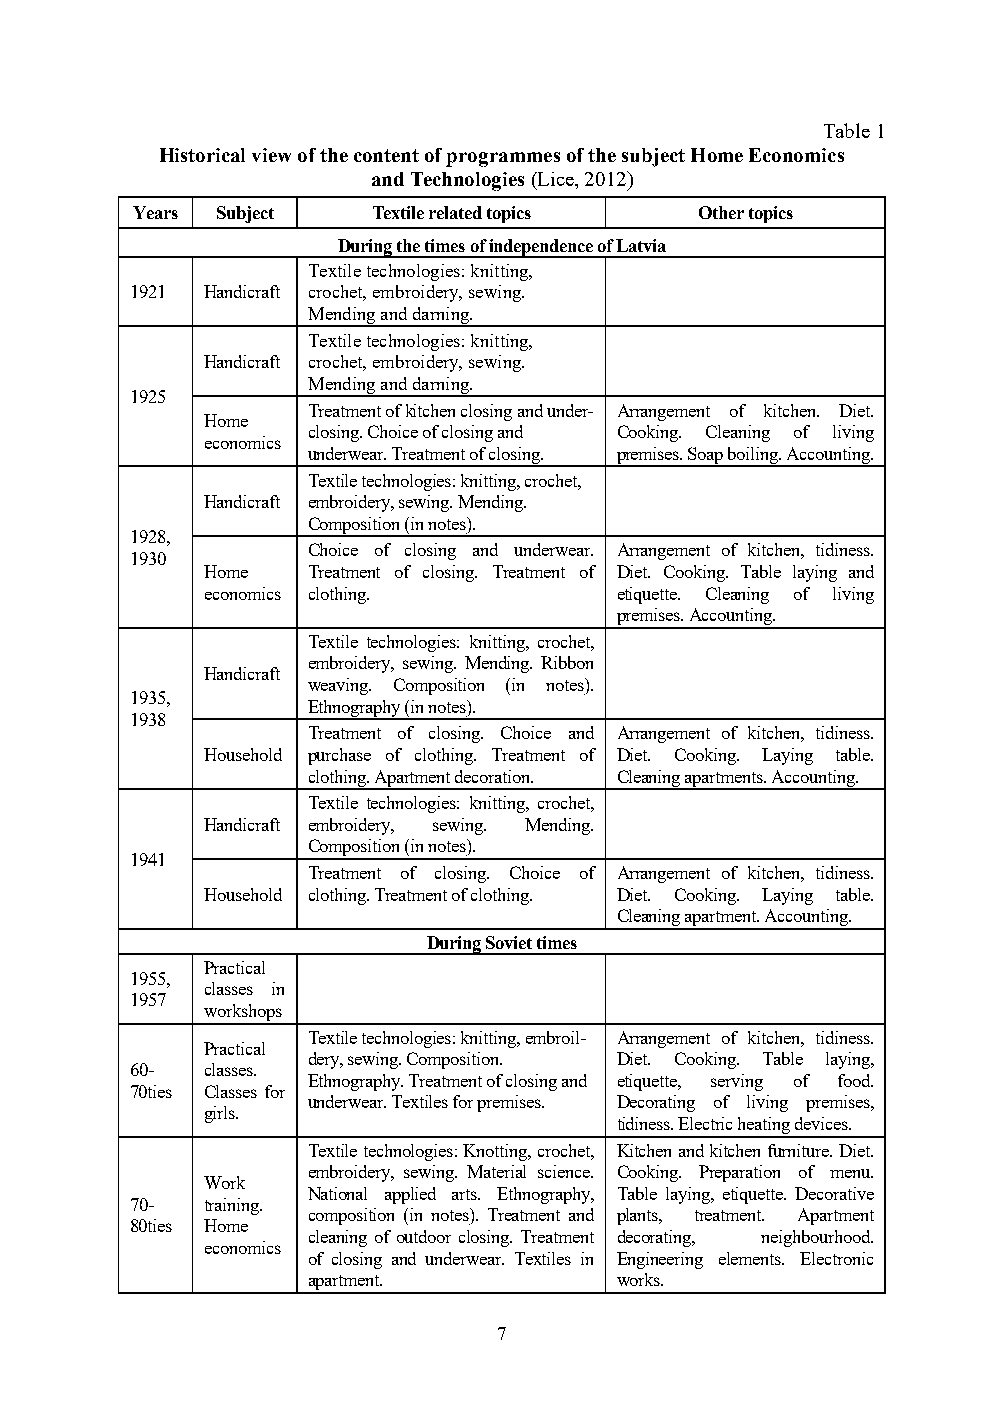
Table 1
 Historical view of the content of programmes of the subject Home Economics
 and Technologies (Lice, 2012)
 Years Subject   Textile related topics Other topics
 During the times of independence of Latvia
 Textile technologies: knitting,
 1921 Handicraft crochet, embroidery, sewing.
 Mending and darning.
 Textile technologies: knitting,
 Handicraft crochet, embroidery, sewing.
 Mending and darning.
 1925
 Treatment of kitchen closing and under- Arrangement of kitchen. Diet.
 Home
 closing. Choice of closing and Cooking. Cleaning of living
 economics
 underwear. Treatment of closing. premises. Soap boiling. Accounting.
 Textile technologies: knitting, crochet,
 Handicraft embroidery, sewing. Mending.
 Composition (in notes).
 1928,
 Choice of closing and underwear. Arrangement of kitchen, tidiness.
 1930
 Home  Treatment of closing. Treatment of Diet. Cooking. Table laying and
 economics clothing.        etiquette. Cleaning of living
 premises. Accounting.
 Textile technologies: knitting, crochet,
 embroidery, sewing. Mending. Ribbon
 Handicraft
 weaving. Composition (in notes).
 1935,
 Ethnography (in notes).
 1938
 Treatment of closing. Choice and Arrangement of kitchen, tidiness.
 Household purchase of clothing. Treatment of Diet. Cooking. Laying table.
 clothing. Apartment decoration. Cleaning apartments. Accounting.
 Textile technologies: knitting, crochet,
 Handicraft embroidery, sewing. Mending.
 Composition (in notes).
 1941
 Treatment of closing. Choice of Arrangement of kitchen, tidiness.
 Household clothing. Treatment of clothing. Diet. Cooking. Laying table.
 Cleaning apartment. Accounting.
 During Soviet times
 Practical
 1955,
 classes in
 1957
 workshops
 Textile technologies: knitting, embroil- Arrangement of kitchen, tidiness.
 Practical
 dery, sewing. Composition. Diet. Cooking. Table laying,
 60-  classes.
 Ethnography. Treatment of closing and etiquette, serving of food.
 70ties Classes for
 underwear. Textiles for premises. Decorating of living premises,
 girls.
 tidiness. Electric heating devices.
 Textile technologies: Knotting, crochet, Kitchen and kitchen furniture. Diet.
 embroidery, sewing. Material science. Cooking. Preparation of menu.
 Work
 National applied arts. Ethnography, Table laying, etiquette. Decorative
 70-  training.
 composition (in notes). Treatment and plants, treatment. Apartment
 80ties Home
 cleaning of outdoor closing. Treatment decorating, neighbourhood.
 economics
 of closing and underwear. Textiles in Engineering elements. Electronic
 apartment.           works.
 7